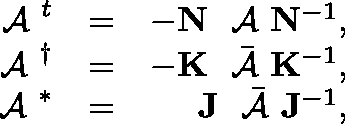
\begin{array} { r l r } { \mathrm { \boldmath ~ { \cal ~ A } ~ } ^ { t } } & { = } & { - { \bf N } \mathrm { \boldmath ~ { \cal ~ A } ~ } { \bf N } ^ { - 1 } , } \\ { \mathrm { \boldmath ~ { \cal ~ A } ~ } ^ { \dagger } } & { = } & { - { \bf K } { \, \, \, \bar { \mathrm { \! \! \! \boldmath ~ { \cal ~ A } ~ } } } { \bf K } ^ { - 1 } , } \\ { \mathrm { \boldmath ~ { \cal ~ A } ~ } ^ { * } } & { = } & { { \bf J } { \, \, \, \bar { \mathrm { \! \! \! \boldmath ~ { \cal ~ A } ~ } } } { \bf J } ^ { - 1 } , } \end{array}